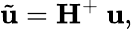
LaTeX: \tilde{\mathbf{u}}=\mathbf{H}^{+}\ \mathbf{u},